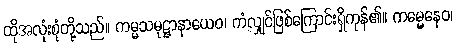
ထိုအလုံးစုံတို့သည်။ ကမ္မသမုဋ္ဌာနာယေဝ၊ ကံလျှင်ဖြစ်ကြောင်းရှိကုန်၏။ ကမ္မေနေဝ၊